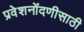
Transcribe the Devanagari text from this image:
प्रवेशनोंदणीसाठी